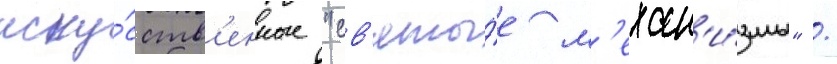
иску́сств'енные "св'яты́е м'ехан'и́змы" /